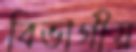
বিভাগীয়